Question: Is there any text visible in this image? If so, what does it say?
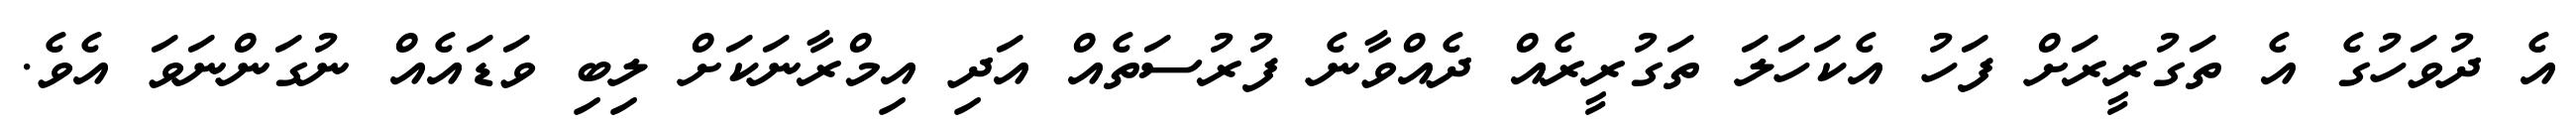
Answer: އެ ދުވަހުގެ އެ ތަގުރީރަށް ފަހު އެކަހަލަ ތަގުރީރެއް ދެއްވާނެ ފުރުސަތެއް އަދި އިމްރާނަކަށް ލިބި ވަޑައެއް ނުގަންނަވަ އެވެ.